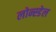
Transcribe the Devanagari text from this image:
लोन्स्डेल